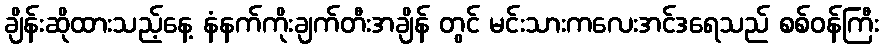
ချိန်းဆိုထားသည့်နေ့ နံနက်ကိုးချက်တီးအချိန် တွင် မင်းသားကလေးအင်ဒရေသည် စစ်ဝန်ကြီး